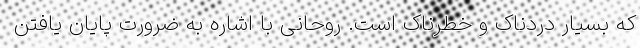
که بسیار دردناک و خطرناک است. روحانی با اشاره به ضرورت پایان یافتن